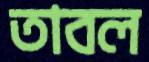
তাবল